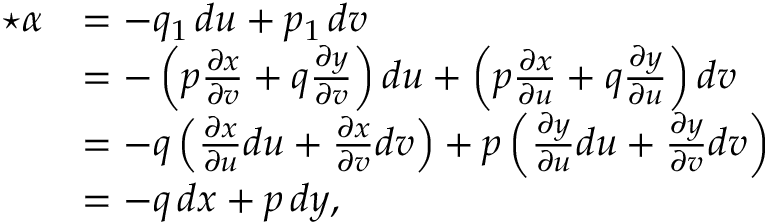
{ \begin{array} { r l } { { \star } \alpha } & { = - q _ { 1 } \, d u + p _ { 1 } \, d v } \\ & { = - \left( p { \frac { \partial x } { \partial v } } + q { \frac { \partial y } { \partial v } } \right) d u + \left( p { \frac { \partial x } { \partial u } } + q { \frac { \partial y } { \partial u } } \right) d v } \\ & { = - q \left( { \frac { \partial x } { \partial u } } d u + { \frac { \partial x } { \partial v } } d v \right) + p \left( { \frac { \partial y } { \partial u } } d u + { \frac { \partial y } { \partial v } } d v \right) } \\ & { = - q \, d x + p \, d y , } \end{array} }